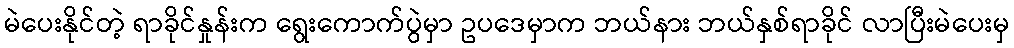
မဲပေးနိုင်တဲ့ ရာခိုင်နှုန်းက ရွေးကောက်ပွဲမှာ ဥပဒေမှာက ဘယ်နား ဘယ်နှစ်ရာခိုင် လာပြီးမဲပေးမှ